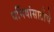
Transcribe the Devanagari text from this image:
धर्मियांसाठीचे